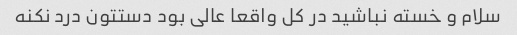
سلام و خسته نباشید در کل واقعا عالی بود دستتون درد نکنه